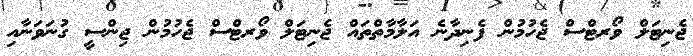
ޖެނިޓަލް ވޯރޓްސް ޖެހުމުން ފެނިދާނެ އަލާމާތްތައް ޖެނިޓަލް ވޯރޓްސް ޖެހުމުން ޖިންސީ ގުނަވަނާއި